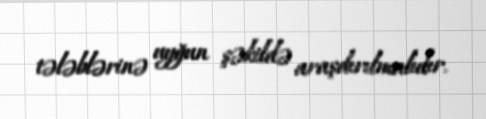
tələblərinə uyğun şəkildə araşdırılmalıdır.